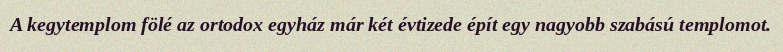
A kegytemplom fölé az ortodox egyház már két évtizede épít egy nagyobb szabású templomot.